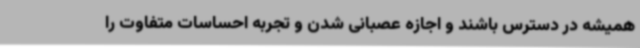
همیشه در دسترس باشند و اجازه عصبانی شدن و تجربه احساسات متفاوت را